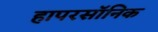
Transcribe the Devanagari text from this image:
हापरसॉनिक